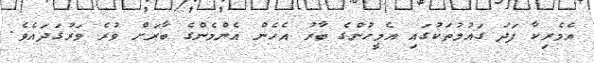
އެމެރިކާ ފަދަ ގައުމުތަކުގައި އެމީހުންގެ ބާރު އެހެން އެންމެންގެ ބާރަށް ވުރެ ވަރުގަދައެވެ.